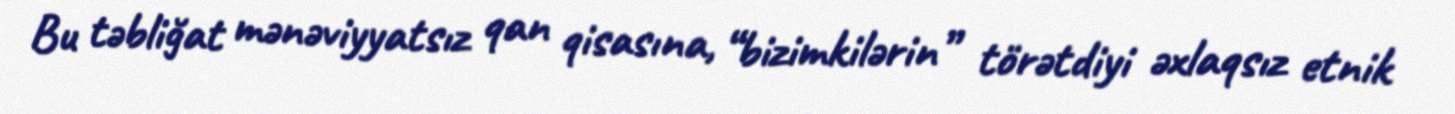
Bu təbliğat mənəviyyatsız qan qisasına, “bizimkilərin” törətdiyi əxlaqsız etnik